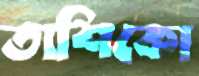
তাশিকো